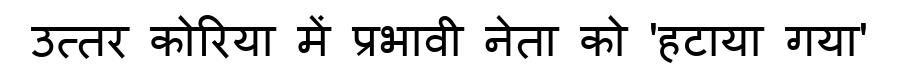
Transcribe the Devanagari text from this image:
उत्तर कोरिया में प्रभावी नेता को 'हटाया गया'